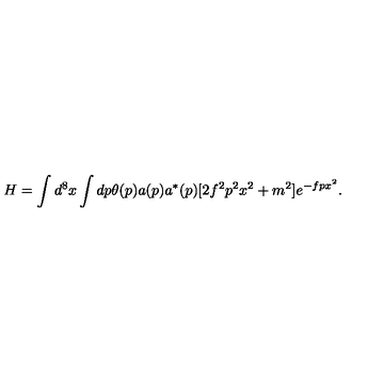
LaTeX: H = \int d ^ { 8 } x \int d p \theta ( p ) a ( p ) a ^ { * } ( p ) [ 2 f ^ { 2 } p ^ { 2 } x ^ { 2 } + m ^ { 2 } ] e ^ { - f p x ^ { 2 } } .